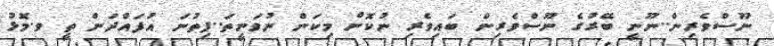
ނޫސްވެރިން..ނޫނީ ބޭރުގެ ނޫސްވެރިން ބައިވެރި ނުކޮށް މިކަން ނުވަނީތަ..ފިތުނަ އުފައްދަން ތީ ވ.މޮޅު